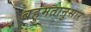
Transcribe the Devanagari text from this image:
बहुमतानुसार